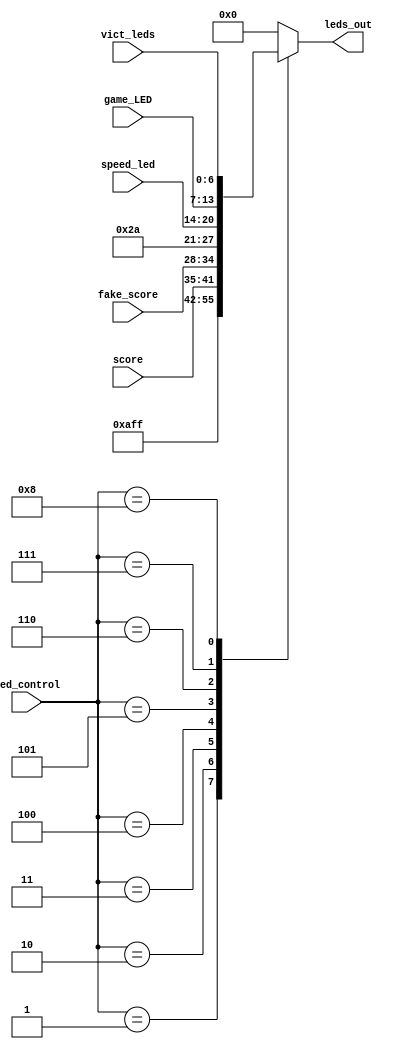
`timescale 1ns / 1ps

module led_mux(score, vict_leds ,led_control, fake_score, speed_led, game_LED, leds_out);

    input wire [6:0] score; 
	 input wire [6:0] fake_score;
	 input wire [6:0] speed_led;
	 input wire [3:0] led_control;
	 input wire [6:0] vict_leds;
	 input wire [6:0] game_LED;
	 output reg [6:0] leds_out;
 
always @(led_control or score or fake_score or speed_led or game_LED or vict_leds) begin

	case(led_control)
		4'b0000: leds_out = 7'b0000000; 
		4'b0001: leds_out = 7'b0010101;//RESET
		4'b0010: leds_out = 7'b1111111;//all on - wait states
		4'b0011: leds_out = score; //round score
		4'b0100: leds_out = fake_score;
		4'b0101: leds_out = 7'b0101010;//idle state
		4'b0110: leds_out = speed_led;
		4'b0111: leds_out = game_LED; //total game score
		4'b1000: leds_out = vict_leds;
		default: leds_out = 7'b0000000;
		
	endcase
end

endmodule